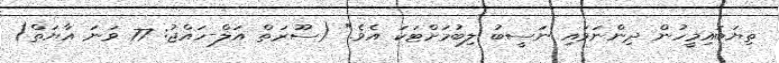
ތިޔަބައިމީހުން ދިންނަވައި ނަސީބު ލިބުމަށްޓަކަ އެވެ." (ސޫރަތް އަލް-ހައްޖު: 77 ވަނަ އާޔަތް)